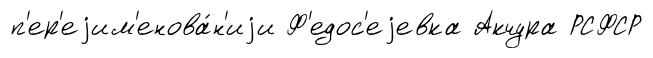
п'ер'еjим'енова́н'иjи Ф'едос'еjевка Акчура РСФСР